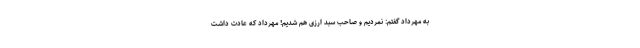
به مهرداد گفتم: نمردیم و صاحب سبد ارزی هم شدیم! مهرداد که عادت داشت